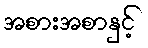
အစားအစာနှင့်